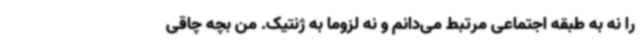
را نه به طبقه اجتماعی مرتبط می‌دانم و نه لزوماً به ژنتیک. من بچه چاقی